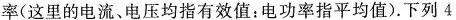
率(这里的电流、电压均指有效值：电功率指平均值).下列4